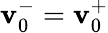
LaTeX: \mathbf{v}_{0}^{-}=\mathbf{v}_{0}^{+}